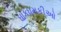
ધાકધમકીઓ